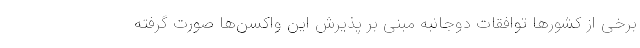
برخی از کشورها توافقات دوجانبه مبنی بر پذیرش این واکسن‌ها صورت گرفته